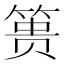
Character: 篑